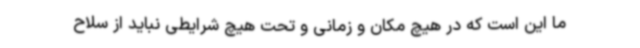
ما این است که در هیچ مکان و زمانی و تحت هیچ شرایطی نباید از سلاح